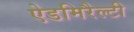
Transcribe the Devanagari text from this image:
ऐडमिरैल्टी